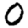
Digit: 0